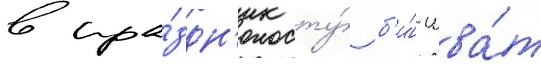
в пра́здн'ик ту́ б'и́-шва́т